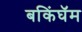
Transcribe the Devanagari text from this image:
बकिंघॅम